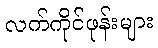
လက်ကိုင်ဖုန်းများ